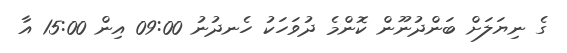
ގެ ނިޔަލަށް ބަންދުނޫން ކޮންމެ ދުވަހަކު ހެނދުނު 09:00 އިން 15:00 އާ